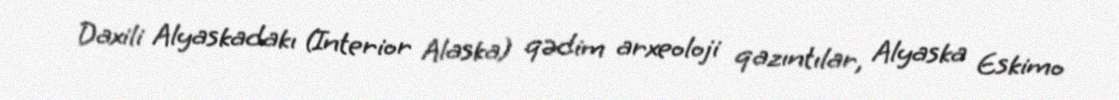
Daxili Alyaskadakı (Interior Alaska) qədim arxeoloji qazıntılar, Alyaska Eskimo